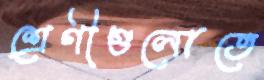
শ্রেণীগুলোতে